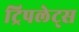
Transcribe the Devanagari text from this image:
ट्रिपलेट्स